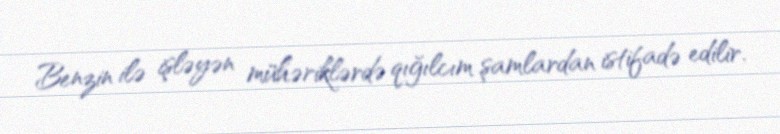
Benzin ilə işləyən mühəriklərdə qığılcım şamlardan istifadə edilir.